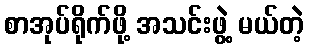
စာအုပ်ရိုက်ဖို့ အသင်းဖွဲ့ မယ်တဲ့